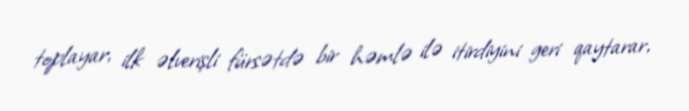
toplayar, ilk əlverişli fürsətdə bir həmlə ilə itirdiyini geri qaytarar,